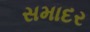
સમાદર